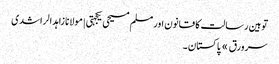
توہین رسالت کا قانون اور مسلم مسیحی یکجہتی | مولانا زاہد الراشدی
سرورق » پاکستان ۔